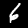
Digit: 6